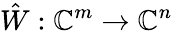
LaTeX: \hat{W}:\mathbb{C}^{m}\to\mathbb{C}^{n}